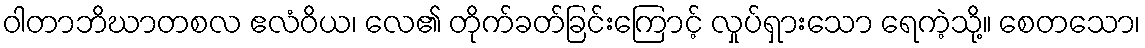
ဝါတာဘိဃာတစလ ဧလံဝိယ၊ လေ၏ တိုက်ခတ်ခြင်းကြောင့် လှုပ်ရှားသော ရေကဲ့သို့။ စေတသော၊